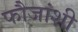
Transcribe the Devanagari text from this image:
फौजांशी